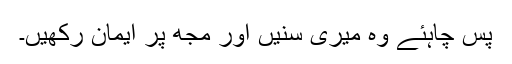
پس چاہئے وہ میری سنیں اور مجھ پر ایمان رکھیں۔